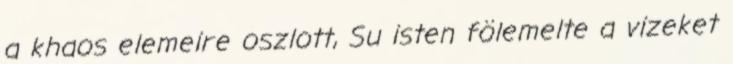
a khaos elemeire oszlott, Su isten fölemelte a vizeket